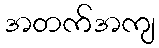
အတက်အကျ